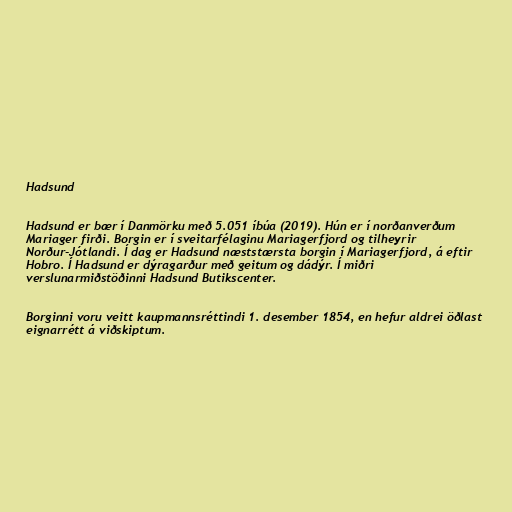
Hadsund

Hadsund er bær í Danmörku með 5.051 íbúa (2019). Hún er í norðanverðum
Mariager firði. Borgin er í sveitarfélaginu Mariagerfjord og tilheyrir
Norður-Jótlandi. Í dag er Hadsund næststærsta borgin í Mariagerfjord, á eftir
Hobro. Í Hadsund er dýragarður með geitum og dádýr. Í miðri
verslunarmiðstöðinni Hadsund Butikscenter.

Borginni voru veitt kaupmannsréttindi 1. desember 1854, en hefur aldrei öðlast
eignarrétt á viðskiptum.